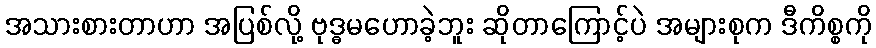
အသားစားတာဟာ အပြစ်လို့ ဗုဒ္ဓမဟောခဲ့ဘူး ဆိုတာကြောင့်ပဲ အများစုက ဒီကိစ္စကို